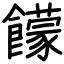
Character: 饛